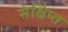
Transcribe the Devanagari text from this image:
संक्षिप्‍त